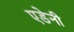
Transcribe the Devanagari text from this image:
एडेनी